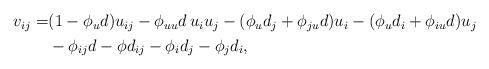
LaTeX: \begin{align*}\begin{aligned}v_{ij} =& (1 - \phi_u d) u_{ij} - \phi_{uu} d\, u_i u_j- (\phi_u d_j + \phi_{ju}d) u_i - (\phi_u d_i + \phi_{iu}d) u_j\\& - \phi_{ij} d - \phi d_{ij} - \phi_i d_j - \phi_j d_i,\end{aligned}\end{align*}